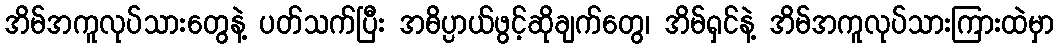
အိမ်အကူလုပ်သားတွေနဲ့ ပတ်သက်ပြီး အဓိပ္ပာယ်ဖွင့်ဆိုချက်တွေ၊ အိမ်ရှင်နဲ့ အိမ်အကူလုပ်သားကြားထဲမှာ